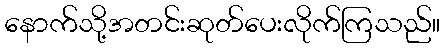
နောက်သို့အတင်းဆုတ်ပေးလိုက်ကြသည်။